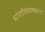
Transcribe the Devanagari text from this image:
भांगशीमातागडाकडे